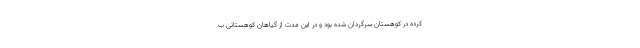
کرده در کوهستان سرگردان شده بود و در این مدت از گیاهان کوهستانی ب